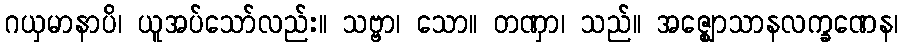
ဂယှမာနာပိ၊ ယူအပ်သော်လည်း။ သဗ္ဗာ၊ သော။ တဏှာ၊ သည်။ အဇ္ဈောသာနလက္ခဏေန၊